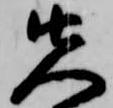
先